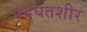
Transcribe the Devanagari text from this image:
पद्घतशीर